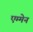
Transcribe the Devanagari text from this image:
एम्मेन